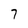
Character: 7